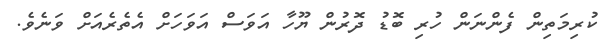
ކުރިމަތިން ފެންނަން ހުރި ބޮޑު ދޮރުން ޔޫހާ އަވަސް އަވަހަށް އެތެރެއަށް ވަނެވެ.